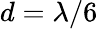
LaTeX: d=\lambda/6